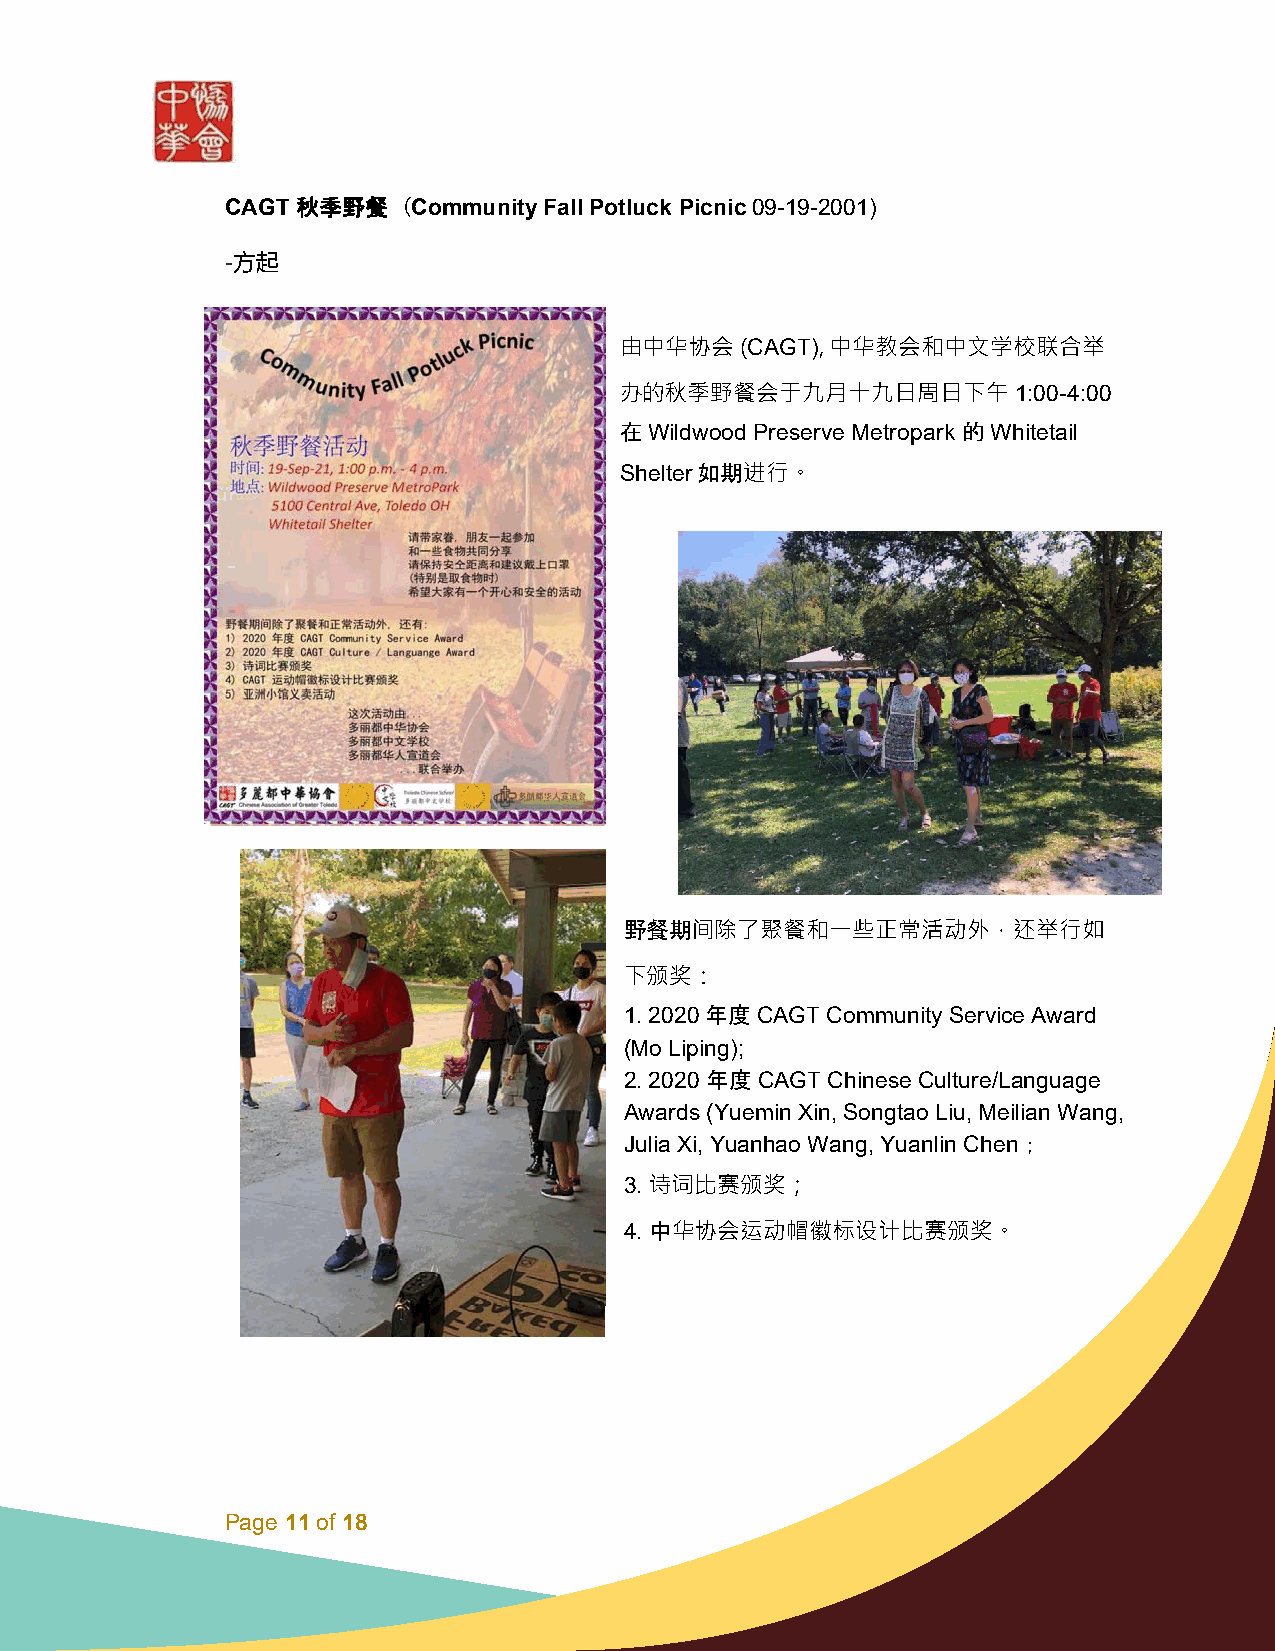
CAGT 秋季野餐  (Community Fall Potluck Picnic 09-19-2001)
 -方起
 由中华协会   (CAGT), 中华教会和中文学校联合举
 办的秋季野餐会于九月十九日周日下午1:00-4:00
 在Wildwood Preserve Metropark 的Whitetail
 Shelter如期进行。
 野餐期间除了聚餐和一些正常活动外，还举行如
 下颁奖：
 1. 2020年度CAGT Community Service Award
 (Mo Liping);
 2. 2020 年度CAGT Chinese Culture/Language
 Awards (Yuemin Xin, Songtao Liu, Meilian Wang,
 Julia Xi, Yuanhao Wang, Yuanlin Chen；
 3. 诗词比赛颁奖；
 4. 中华协会运动帽徽标设计比赛颁奖。
 Page 11 of 18